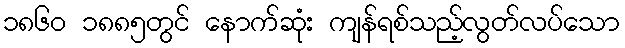
၁၈၆၀ ၁၈၈၅တွင် နောက်ဆုံး ကျန်ရစ်သည့်လွတ်လပ်သော